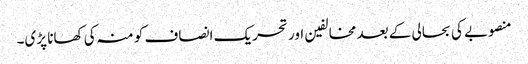
منصوبے کی بحالی کے بعد مخالفین اور تحریک انصاف کو منہ کی کھانا پڑی۔